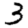
Digit: 3